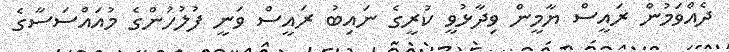
ދެއްވަމުން ރައީސް ޔާމީން ވިދާޅުވީ ކުރީގެ ނައިބު ރައީސް ވަނީ ފުލުހުންގެ މުއައްސަސާގެ